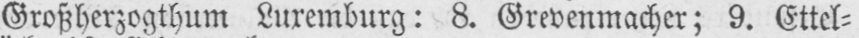
Großherzogthum Luxemburg: 8. Grevenmacher; 9. Ettel⸗